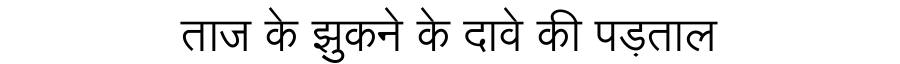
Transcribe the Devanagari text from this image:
ताज के झुकने के दावे की पड़ताल